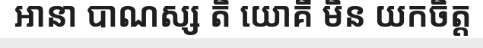
ឤនា បាណស្ស តិ យោគី មិន យកចិត្ត